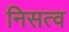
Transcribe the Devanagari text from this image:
निसत्व